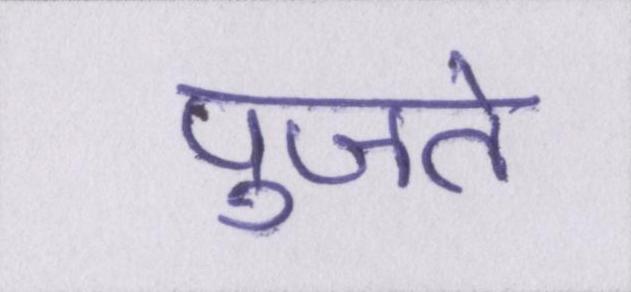
पुजते